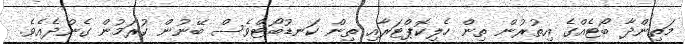
މަތިންދާ ބޯޓެއްގެ އިތުރުން ތިން ހެލިކޮޕްޓަރާއި ތިން ކަނޑުބޯޓްވެސް ބޭނުން ކުރަމުން ގެންދެއެވެ.